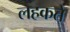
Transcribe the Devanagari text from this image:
लहकते